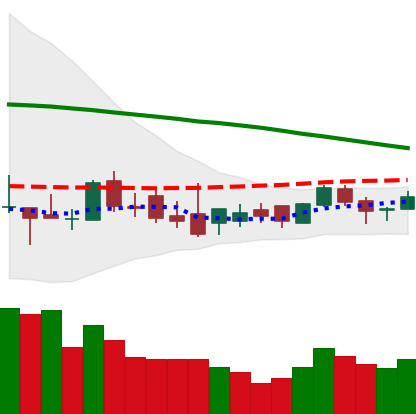
Ticker: XLM-USD
Chart end date: 2018-09-01
Forward return: -9.68%
Label: down_7plus